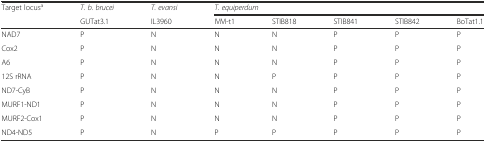
| <ROWSPAN=2> Target locusa | T. b. brucei | T. evansi | <COLSPAN=5> T. equiperdum |
 | GUTat3.1 | IL3960 | IVM-t1 | STIB818 | STIB841 | STIB842 | BoTat1.1 |
 | --- | --- | --- | --- | --- | --- | --- | --- |
 | NAD7 | P | N | N | N | P | P | P |
 | Cox2 | P | N | N | N | P | P | P |
 | A6 | P | N | N | N | P | P | P |
 | 12S rRNA | P | N | N | P | P | P | P |
 | ND7-CyB | P | N | N | N | P | P | P |
 | MURF1-ND1 | P | N | N | N | P | P | P |
 | MURF2-Cox1 | P | N | N | N | P | P | P |
 | ND4-ND5 | P | N | P | P | P | P | P |